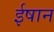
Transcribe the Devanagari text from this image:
ईषान